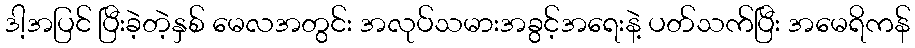
ဒါ့အပြင် ပြီးခဲ့တဲ့နှစ် မေလအတွင်း အလုပ်သမားအခွင့်အရေးနဲ့ ပတ်သက်ပြီး အမေရိကန်